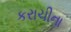
કરાચીના